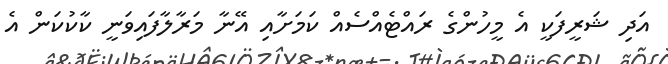
އަދި ޝަރީފަކީ އެ މީހުންގެ ރައްޓެއްސެއް ކަމަށާއި އޭނާ މަރާލާފައިވަނީ ކާކުކަން އެ